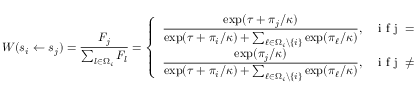
W ( s _ { i } \gets s _ { j } ) = \frac { F _ { j } } { \sum _ { l \in \Omega _ { i } } F _ { l } } = \left\{ \begin{array} { l l } { \displaystyle { \frac { \exp ( \tau + \pi _ { j } / \kappa ) } { \exp ( \tau + \pi _ { i } / \kappa ) + \sum _ { \ell \in \Omega _ { i } \backslash \{ i \} } \exp ( \pi _ { \ell } / \kappa ) } } , } & { \mathrm { ~ i ~ f ~ j ~ = ~ i ~ , ~ } } \\ { \displaystyle { \frac { \exp ( \pi _ { j } / \kappa ) } { \exp ( \tau + \pi _ { i } / \kappa ) + \sum _ { \ell \in \Omega _ { i } \backslash \{ i \} } \exp ( \pi _ { \ell } / \kappa ) } } , } & { \mathrm { ~ i ~ f ~ j ~ \neq ~ i ~ . ~ } } \end{array} \right.